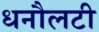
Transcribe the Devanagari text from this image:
धनौलटी